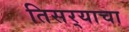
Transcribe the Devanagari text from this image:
तिसर्‍याचा